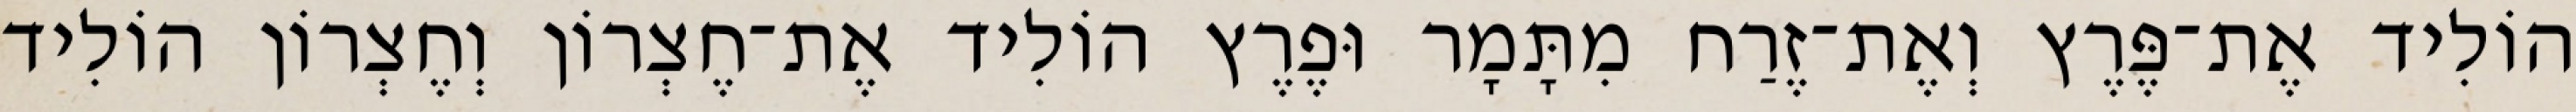
הוֹלִיד אֶת־פֶּרֶץ וְאֶת־זֶרַח מִתָּמָר וּפֶרֶץ הוֹלִיד אֶת־חֶצְרוֹן וְחֶצְרוֹן הוֹלִיד